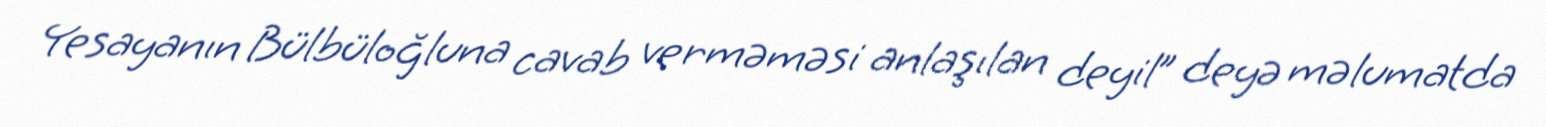
Yesayanın Bülbüloğluna cavab verməməsi anlaşılan deyil” deyə məlumatda